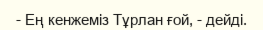
- Ең кенжеміз Тұрлан ғой, - дейді.